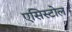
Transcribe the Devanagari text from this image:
एसिस्टोल